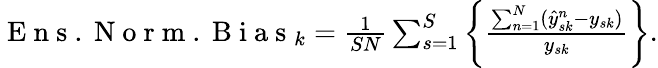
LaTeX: \begin{array}{r}{\mathrm{~E~n~s~.~N~o~r~m~.~B~i~a~s~}_{k}=\frac{1}{SN}\sum_{s=1}^{S}\left\{ \frac{\sum_{n=1}^{N}(\hat{y}_{sk}^{n}-y_{sk})}{y_{sk}}\right\} .}\end{array}